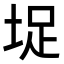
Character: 𭎣